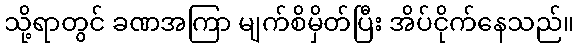
သို့ရာတွင် ခဏအကြာ မျက်စိမှိတ်ပြီး အိပ်ငိုက်နေသည်။